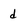
Character: d